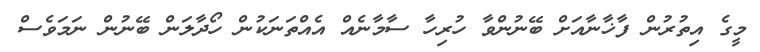
މީގެ އިތުރުން ފާޚާނާއަށް ބޭނުންވާ ހުރިހާ ސާމާނެއް އެއްތަނަކުން ހޯދާލަން ބޭނުން ނަމަވެސް